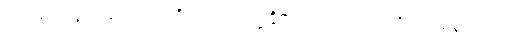
အဘယ်သို့လျှင်။ ပုဂ္ဂလော၊ ပုဂ္ဂိုလ်သည်။ ဥမ္မုဇ္ဇိတွာ၊ ပေါ်၍။ ပတရတိ၊ ကူးသနည်း။ ဣဓ၊